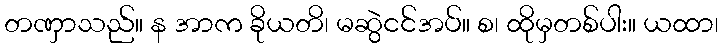
တဏှာသည်။ န အာက ခိုယတိ၊ မဆွဲငင်အပ်။ စ၊ ထိုမှတစ်ပါး။ ယထာ၊